Civil Veterinary Department. Madras. Admin. report 1910-25 - 1910-1925
Year: 1910
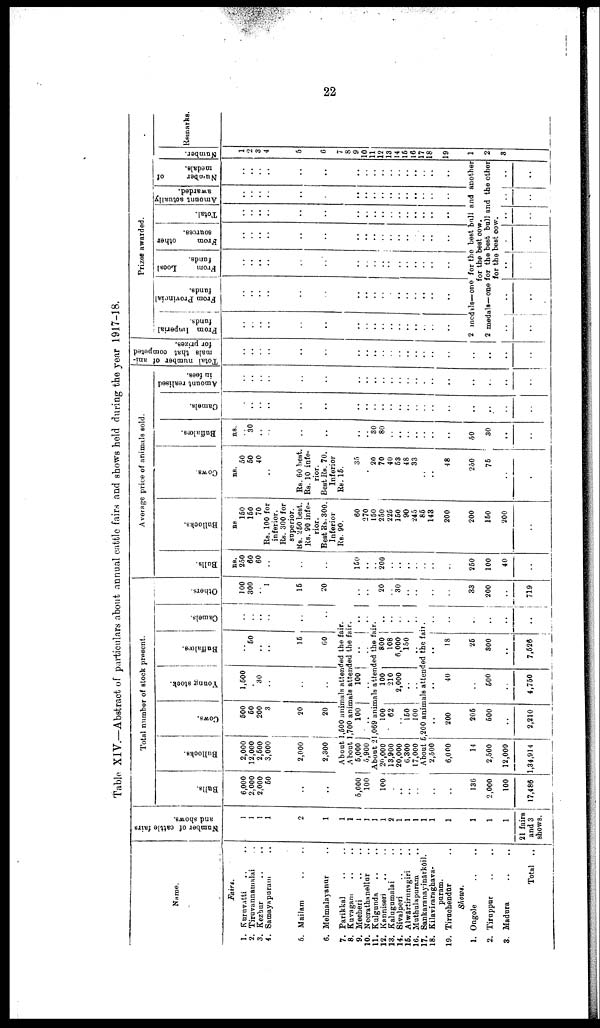
22
Table XIV.—Abstract of particulars about annual cattle fairs and shows held during the year 1917-18.
Name.
Fairs.
1. Ruruvatti .. ..
2. Tiruvannamalai ..
3. Kezbur .. ..
4. Samayapuram ..
5. Mailam .. ..
6. Melmalayanur ..
7. Parikkal .. ..
8. Kuvagam .. ..
9. Mecheri .. ..
10. Necrathanellur ..
11. Kulgunda .. ..
12. Kanniseri .. ..
13. Kalugumalai ..
14. Sivalperi .. ..
15. Alwartirunagiri ..
16. Muthulapuram ..
17. Sankaranayinarkoil.
18. Kilaviraraghava-
puram.
19. Tiruchendur ..
Shows.
1. Ongole .. ..
2. Tiruppur .. ..
3. Madura .. ..
Total ..
Number of cattle fairs
and shows.
1
1
1
1
2
1
1
1
1
J
1
1
2
1
1
1
1
1
1
1
1
1
21 fairs
and 3
shows.
Total number of Block present.
Bulls.
6,000
2.000
2,000
50
..
..
6,000
100
100
..
.. ..
..
..
136
2,000
100
17,486
Bullocks.
2,000
12,000
2,500
3,000
2,000
2,300
Cows.
500
50
200
3
20
20
Young stock
1,500
.. ..
30
..
..
..
Buffalœs.
..
50
..
..
15
60
Camels.
..
..
..
..
.. ..
..
About 1,500 animals attended the fair.
About 1,700 animals attended the fair.
5,000
5,900
100
..
100
About 21,069 animals attended the fair.
20,000
13,900
20,000
6,300
17,000 |
100
62
150
100
100
210
2,000
..
800
108
6,000
150
..
About 5,200 animals attended the fair.
2,500
6,000
14
2,500
12,000
1,34,914
..
200
205
500
..
2,210
..
40
500
4,750
..
18
25
800
..
7,626
..
..
..
..
Others.
100
300
..
1
15
20
20
30
..
..
..
33
200
719
Average price of animals sold.
Bulls.
EH.
250
60
60
..
..
..
150
..
200
..
..
..
250
100
40
Bullocks.
RS
150
150
70
Rs. 100 for
inferior.
Rs. 300 for
superior.
RS. 250 best.
Rs. 90 infe-
rior.
Best Rs. 300.
Inferior
Rs. 90.
60
270
150
250
225
150
90
245
85
143
200
200
150
200
..
Cows.
RS.
50
50
40
..
Rs. 60 best.
Rs. 10 infe-
rior.
Best Re. 70.
Inferior
Rs. 15.
35
20
70
40
53
48
33
..
..
48
250
75
..
..
Buffalœs.
Rs.
..
30
..
..
..
..
..
..
30
80
..
..
..
..
..
..
..
50
30
..
..
Camels.
..
..
..
..
..
..
..
..
..
..
..
..
..
..
..
..
..
..
..
Amount realised
in fees.
..
..
..
..
..
..
..
..
..
..
..
..
..
..
..
..
..
..
..
..
Total number of ani-
mals that competed
for prizes.
..
..
..
..
..
..
..
..
..
..
..
..
..
..
..
..
..
..
..
..
Prizes awarded.
From Imperial
funds.
..
..
..
..
..
..
..
..
..
..
..
..
..
..
..
..
From Provincial
funds.
..
..
..
..
..
..
..
..
..
..
..
..
..
..
..
..
From
Local
funds.
..
..
..
..
..
..
..
..
..
..
..
..
..
..
..
..
..
From
other
sources.
..
..
..
..
..
..
..
..
..
..
..
..
..
..
..
..
Total.
..
..
..
..
..
..
..
..
..
..
..
..
..
..
..
..
..
Amount actually
awarded.
..
..
..
..
..
..
..
..
..
..
..
..
..
..
..
..
Number of
medals.
..
..
..
..
..
..
..
..
..
..
..
..
..
..
2 medals—one for the best ball and another
for the best cow.
2 medals—one for the best bull and the other
..
..
for the best cow.
..
..
..
..
..
..
..
..
..
..
..
..
Number.
1
2
3
4
5
6
7
8
9
10
11
12
13
14
15
16
17
18
19
1
2
3
..
Remarks.